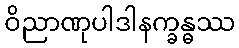
ဝိညာဏုပါဒါနက္ခန္ဓဿ